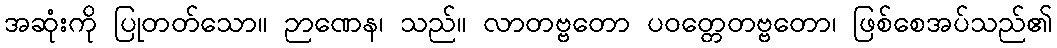
အဆုံးကို ပြုတတ်သော။ ဉာဏေန၊ သည်။ လာတဗ္ဗတော ပဝတ္တေတဗ္ဗတော၊ ဖြစ်စေအပ်သည်၏